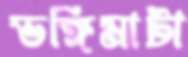
ভঙ্গিমাটা